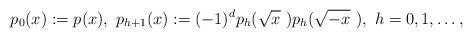
\begin{align*} p_0(x):=p(x),~p_{h+1}(x):=(-1)^ dp_h(\sqrt x~)p_h(\sqrt{-x}~),~h=0,1,\dots,\end{align*}